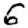
Digit: 6